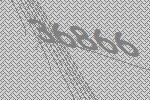
36866